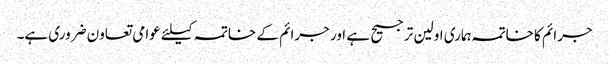
جرائم کا خاتمہ ہماری اولین ترجیح ہے اور جرائم کے خاتمہ کیلئے عوامی تعاون ضروری ہے۔